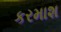
કરમાશ